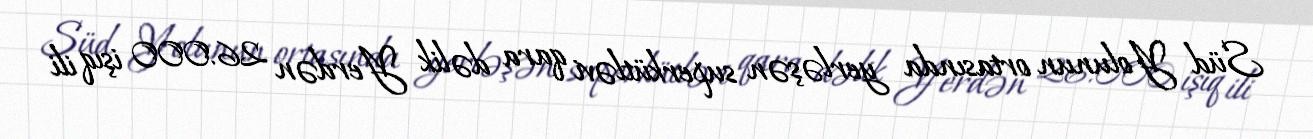
Süd Yolunun ortasında yerləşən superkütləvi qara dəlik Yerdən 26.000 işıq ili